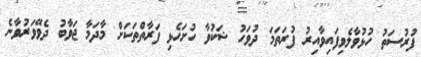
ފުރުސަތު ހުޅުވާލެވިފައިވާއިރު ފުރަތަމަ ދުވަހު ޝަކުވާ ހުށަހެޅި ފަރާތްތަކަށް މާދަމާ ޖަވާބު ދެވޭވަރުވާނެ